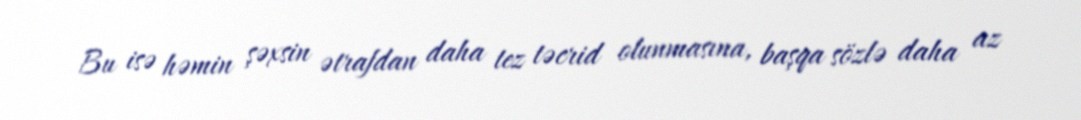
Bu isə həmin şəxsin ətrafdan daha tez təcrid olunmasına, başqa sözlə daha az